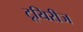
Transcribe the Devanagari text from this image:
टूयिरीज